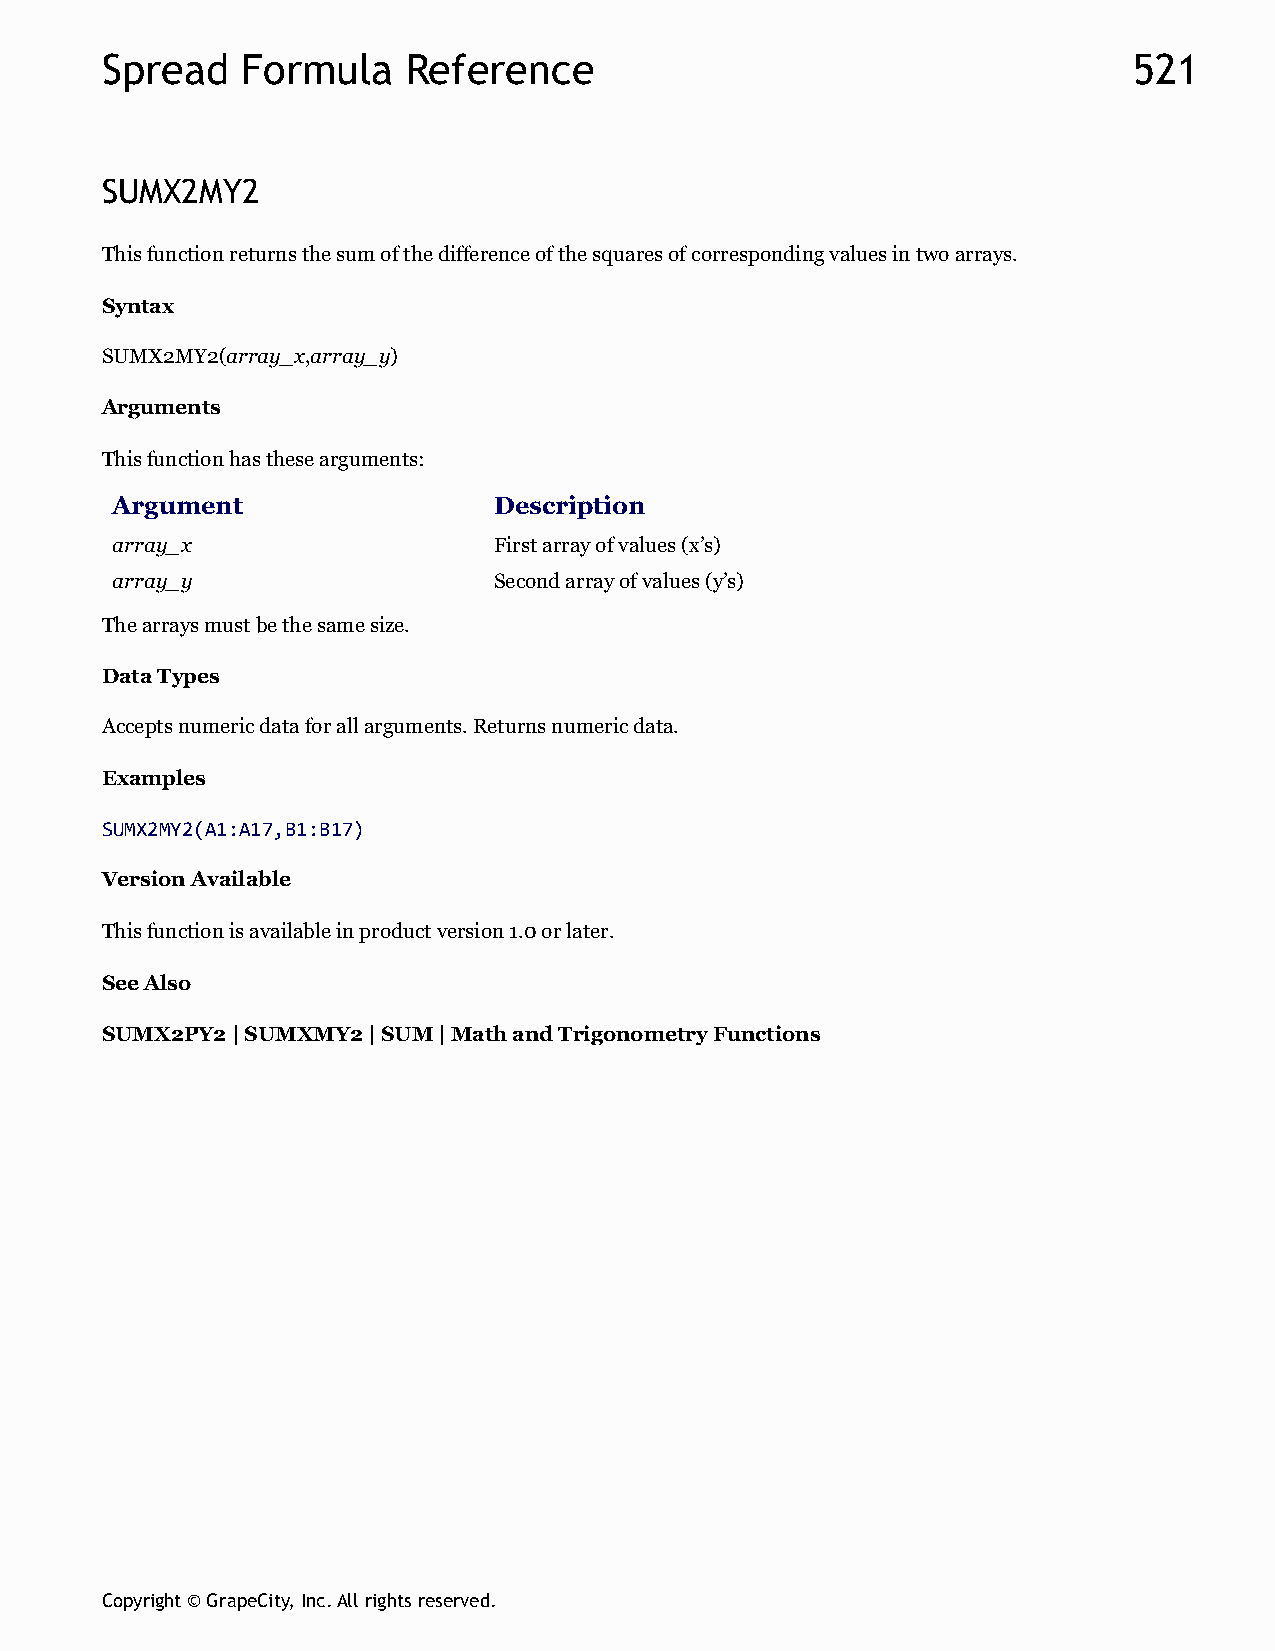
Spread   Formula    Reference                                       521
 SUMX2MY2
 This function returns the sum of the difference of the squares of corresponding values in two arrays.
 Syntax
 SUMX2MY2(array_x,array_y)
 Arguments
 This function has these arguments:
 Argument                  Description
 array_x                   First array of values (x’s)
 array_y                   Second array of values (y’s)
 The arrays must be the same size.
 Data Types
 Accepts numeric data for all arguments. Returns numeric data.
 Examples
 SUMX2MY2(A1:A17,B1:B17)
 Version Available
 This function is available in product version 1.0 or later.
 See Also
 SUMX2PY2 | SUMXMY2 | SUM | Math and Trigonometry Functions
 Copyright © GrapeCity, Inc. All rights reserved.